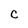
Character: C